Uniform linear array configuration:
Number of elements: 24
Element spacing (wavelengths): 0.25
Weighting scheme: kaiser
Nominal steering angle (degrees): -45
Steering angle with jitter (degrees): -44.054
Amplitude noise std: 0.05
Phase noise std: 0.05

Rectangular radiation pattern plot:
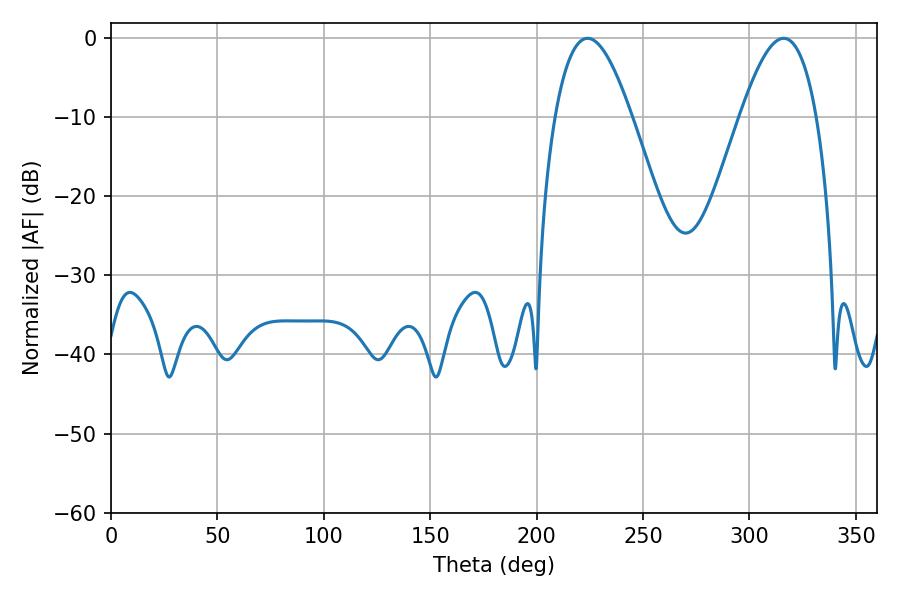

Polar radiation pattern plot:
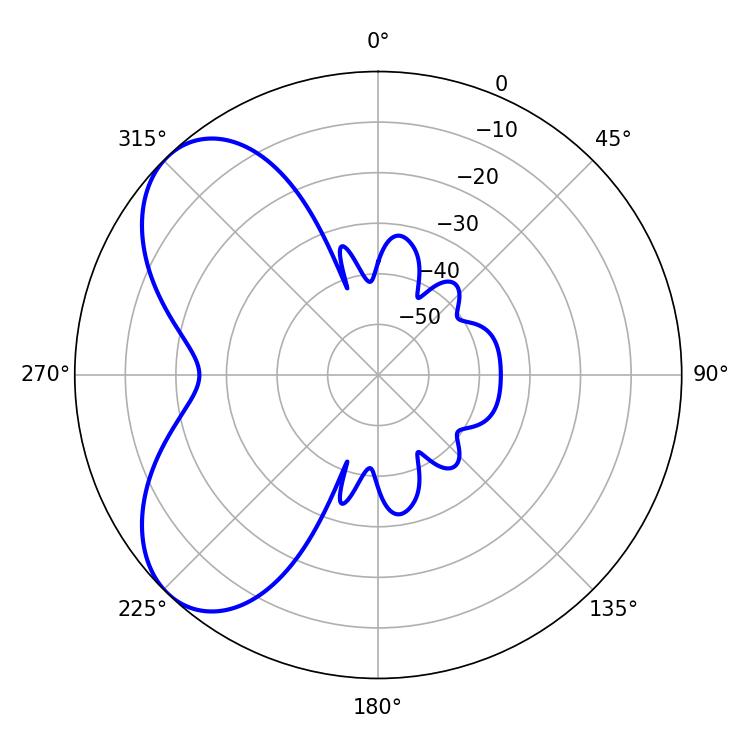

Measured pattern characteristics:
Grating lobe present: FALSE
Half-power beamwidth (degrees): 19.62
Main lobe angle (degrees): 223.92